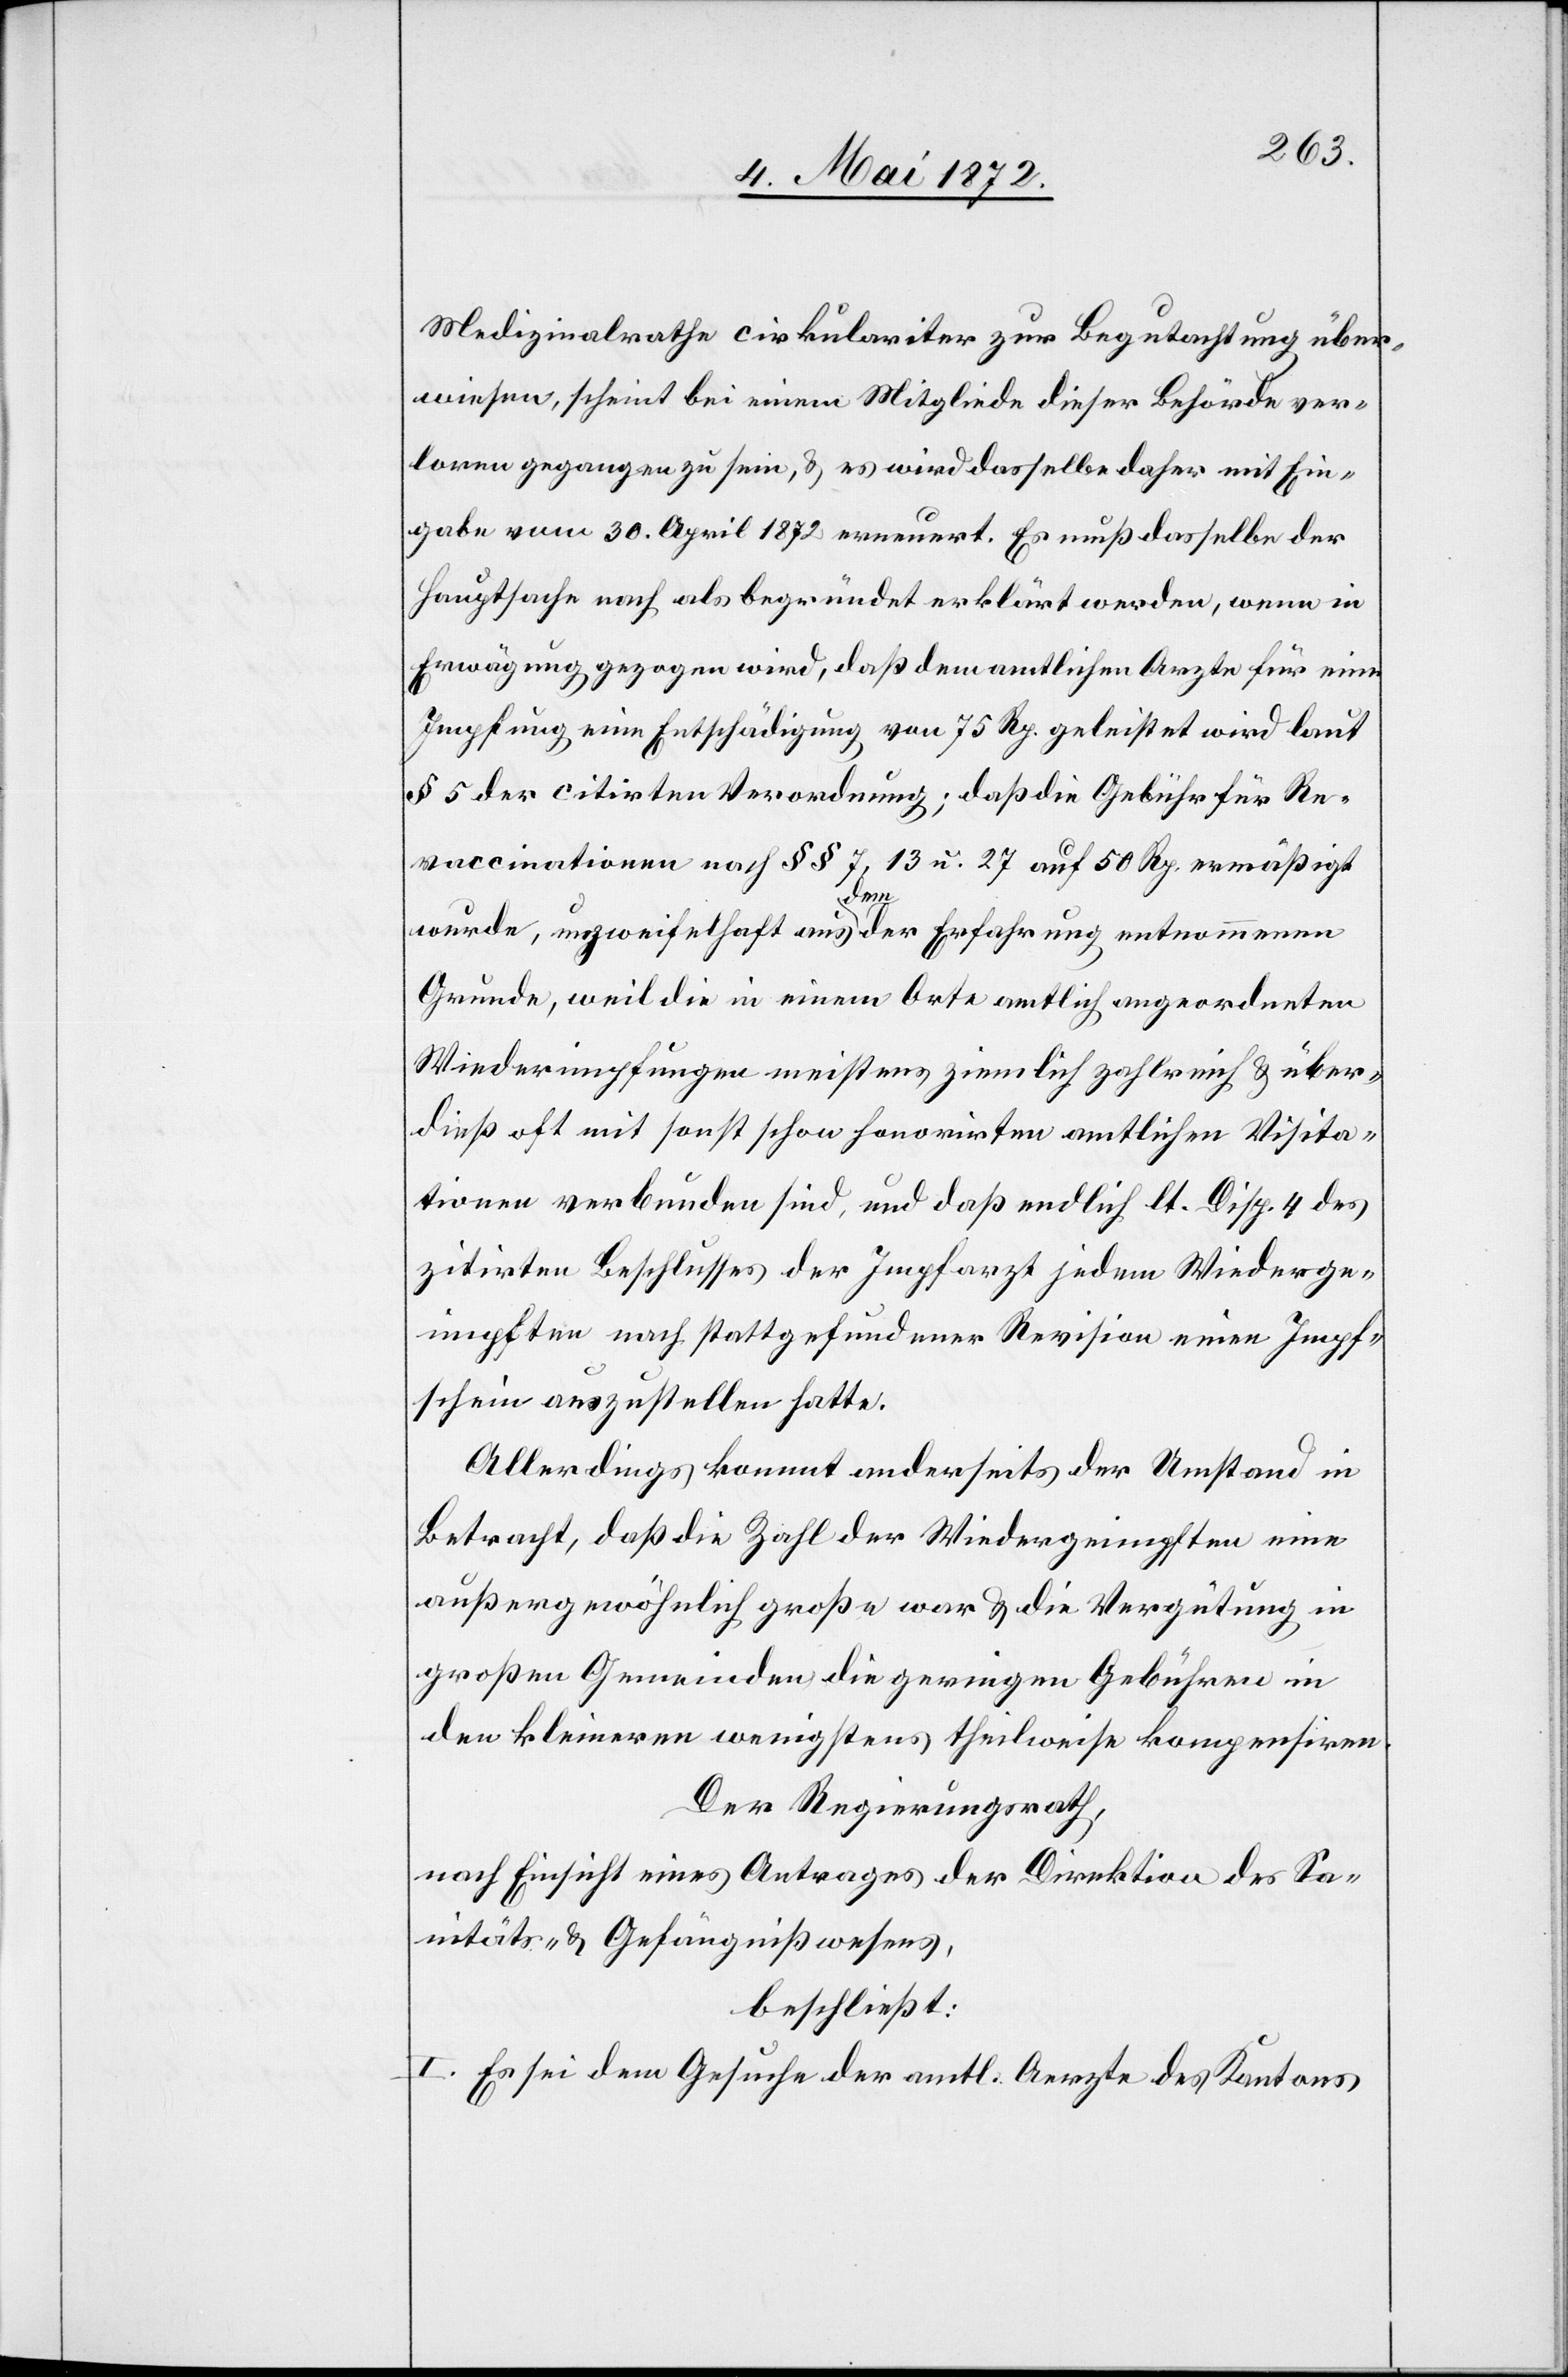
Medizinalrathe cirkulariter zur Begutachtung über¬
wiesen, scheint bei einem Mitgliede dieser Behörde ver¬
loren gegangen zu sein, u. es wird dasselbe daher mit Ein¬
gabe vom 30. April 1872 erneuert. Es muß dasselbe der
Hauptsache nach als begründet erklärt werden, wenn in
Erwägung gezogen wird, daß dem amtlichen Arzte für eine
Impfung eine Entschädigung von 75 Rp. geleistet wird laut
§ 5 der citirten Verordnung; daß die Gebühr für Re¬
vaccination nach §§ 7, 13 u. 27 auf 50 Rp. ermäßigt
wurde, unzweifelhaft aus dem der Erfahrung entnommenen
Grunde, weil die in einem Orte amtlich angeordneten
Wiederimpfungen meistens ziemlich zahlreich u. über¬
dieß oft mit sonst schon honorirten amtlichen Visita¬
tionen verbunden sind, und daß endlich lt. Disp. 4 des
zitirten Beschlusses der Impfarzt jedem Wiederge¬
impften nach stattgefundener Revision einen Impf¬
schein auszustellen hatte.
Allerdings kommt anderseits der Umstand in
Betracht, daß die Zahl der Wiedergeimpften eine
außergewöhnlich große war u. die Vergütung in
großen Gemeinden die geringen Gebühren in
den kleineren wenigstens theilweise kompensiren.
Der Regierungsrath,
nach Einsicht eines Antrages der Direktion des Sa¬
nitäts- u. Gefängnißwesens,
beschließt:
I. Es sei dem Gesuch der amtl. Aerzte des Kantons